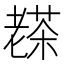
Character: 𦓅